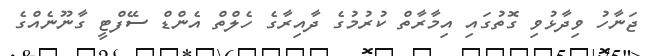
ޖަނާހު ވިދާޅުވި ގޮތުގައި އިމާރާތް ކުރުމުގެ ދާއިރާގެ ހެލްތް އެންޑް ސޭފްޓީ ގާނޫނެއްގެ